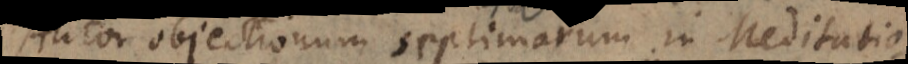
Autor objectionum septimarum Meditatio